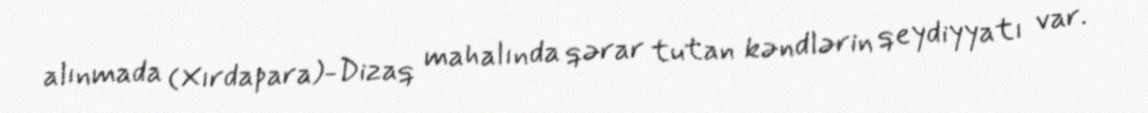
alınmada (Xırdapara)-Dizaq mahalında qərar tutan kəndlərin qeydiyyatı var.